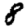
Digit: 8